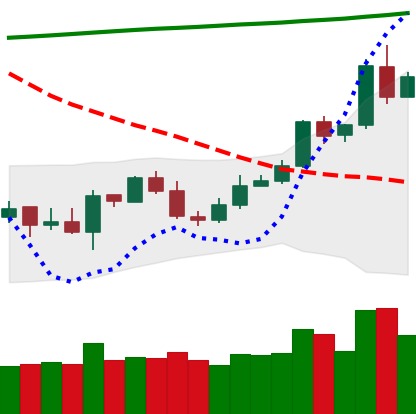
Ticker: ETC-USD
Chart end date: 2020-05-01
Forward return: 4.066%
Label: up_3_5